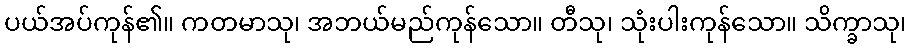
ပယ်အပ်ကုန်၏။ ကတမာသု၊ အဘယ်မည်ကုန်သော။ တီသု၊ သုံးပါးကုန်သော။ သိက္ခာသု၊